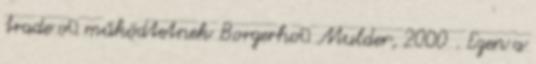
trade oﬀ működtetnek Borgerhoﬀ Mulder, 2000 . Ezen a